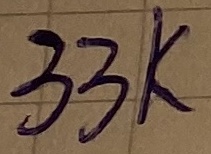
Text: 33K